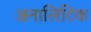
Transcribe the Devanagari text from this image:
अनालिटिक